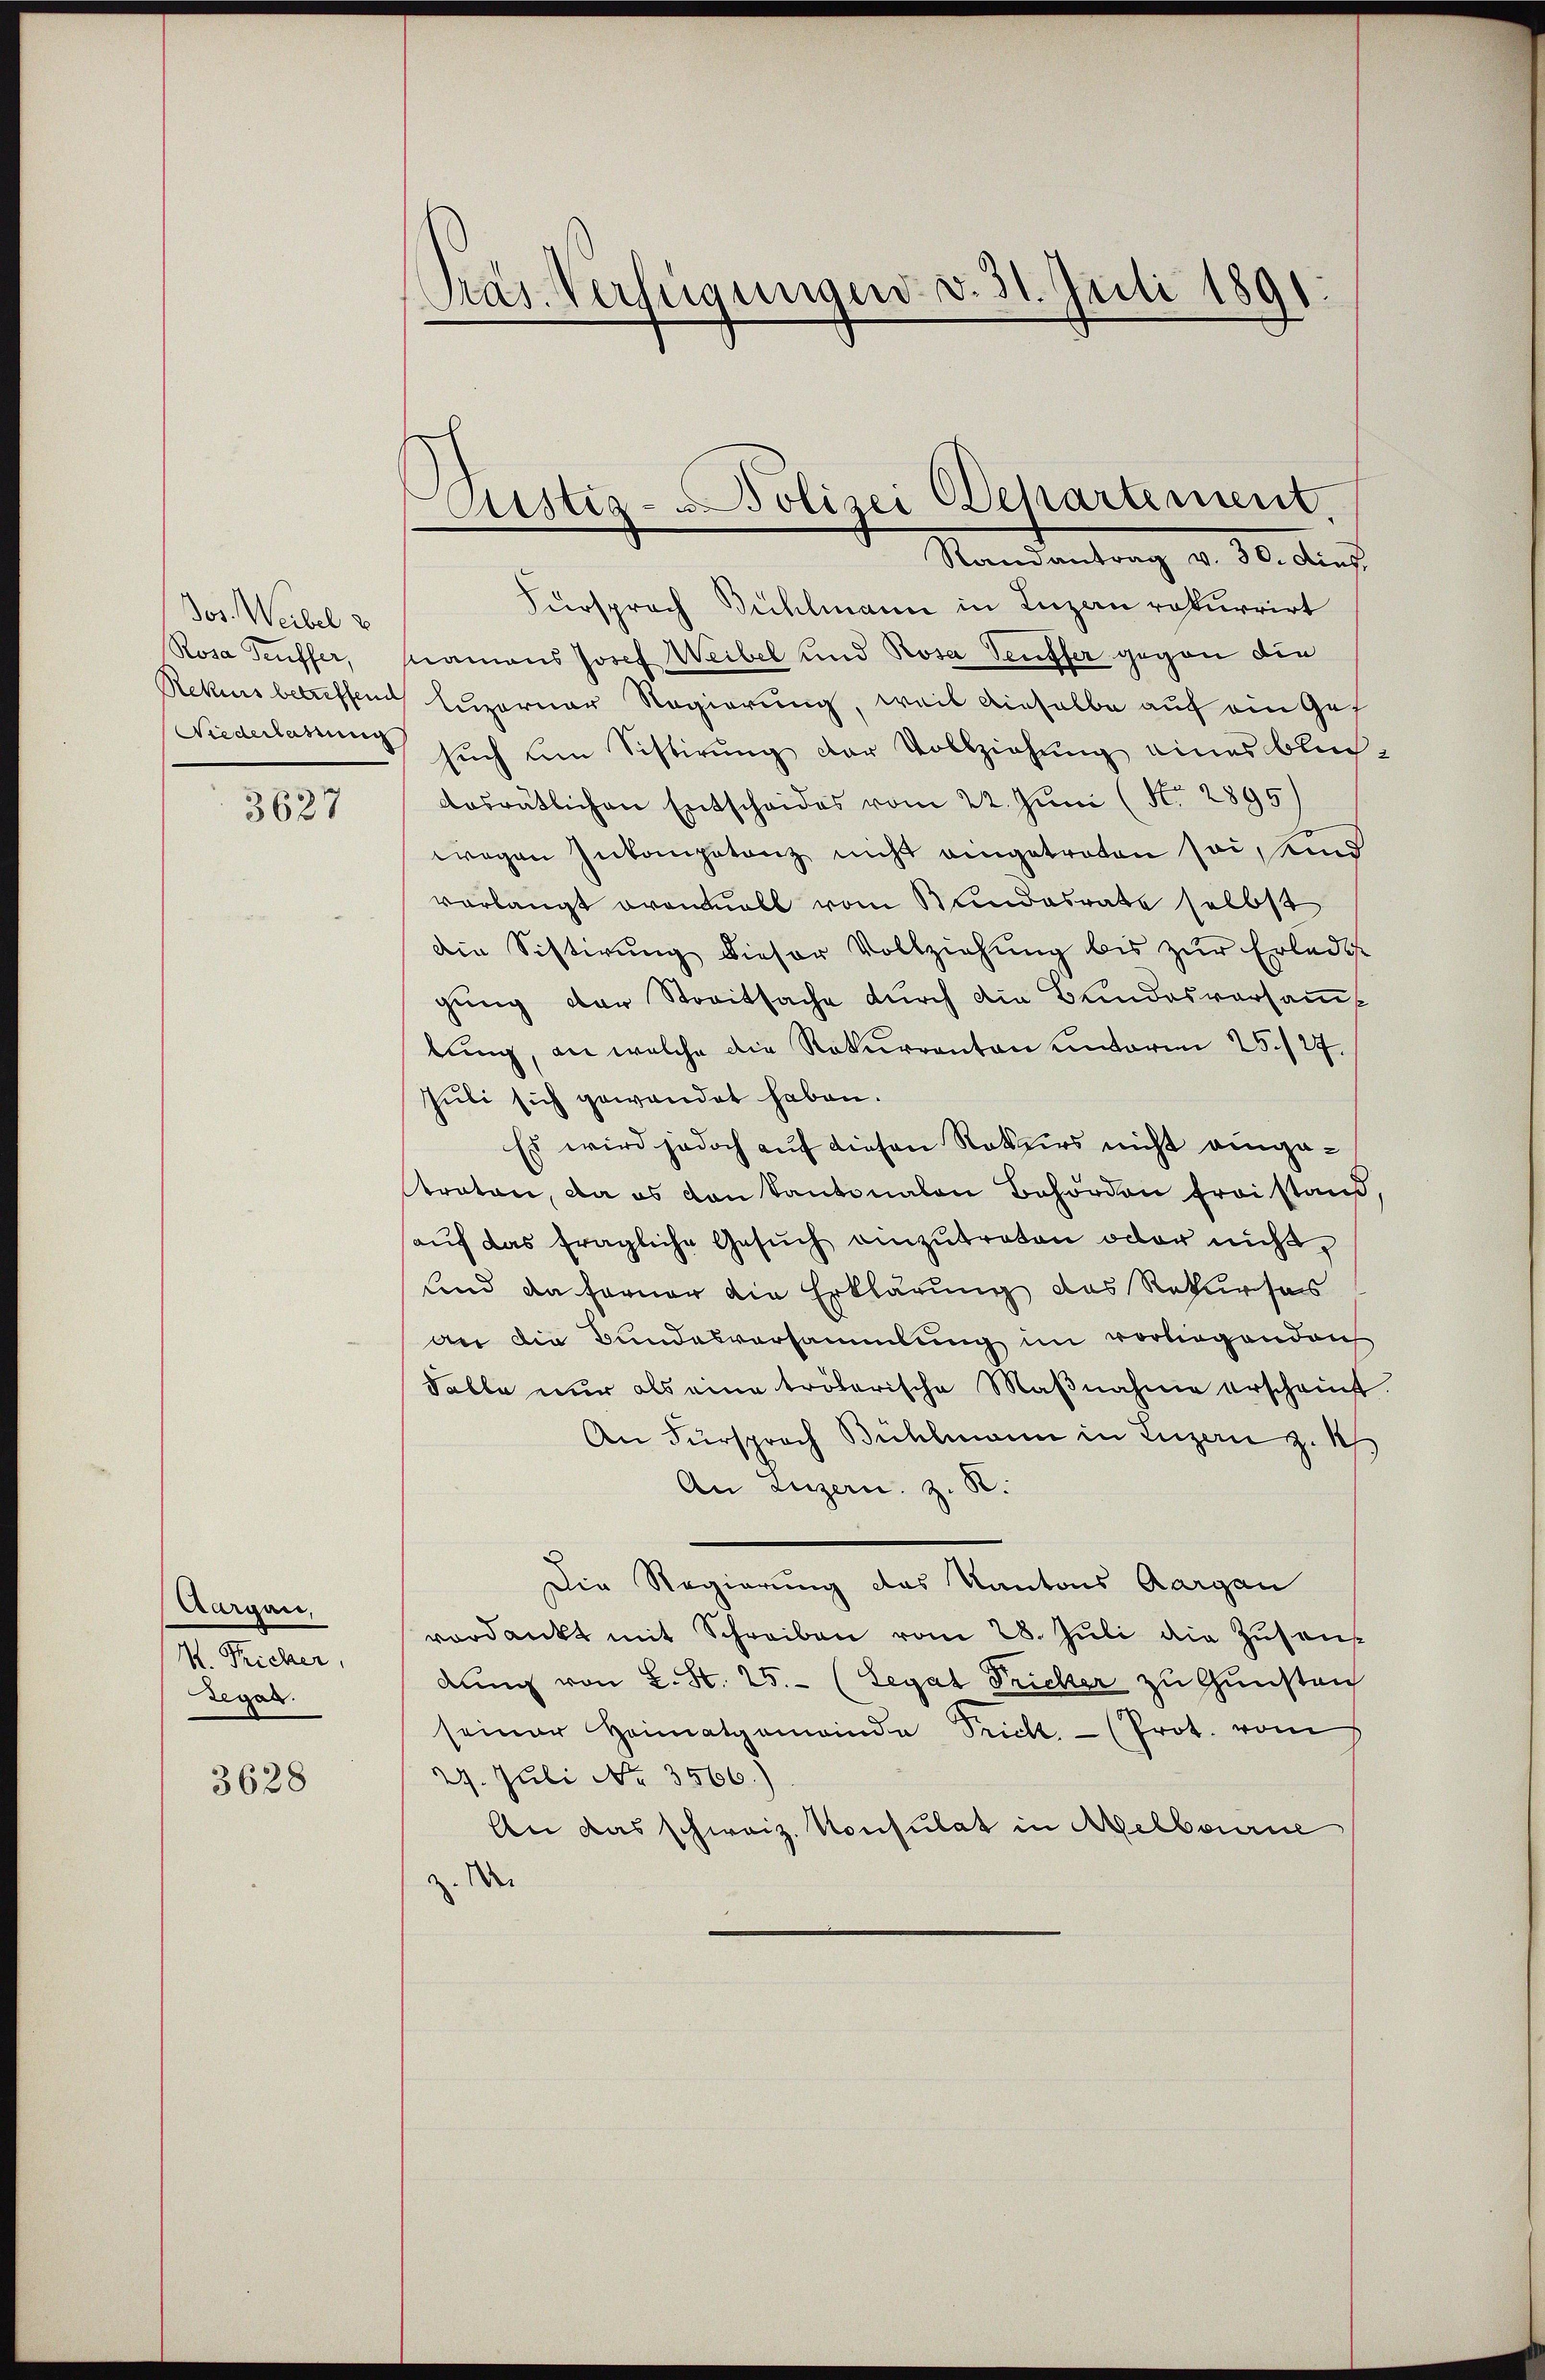
Jos. Weibel z
Rosa Teuffer,
Rekurs betreffend
Niederlassung

3627

Aargau,
M. Tricher,
Regal.

3628

Präs. Verfügungen d. 31. Juli 1891

Aistig- Polizei Departement.
Randantrag v. 30. Dies

Fürsprach Bühlmann in Luzern rekurrirt
namens Josef Weibel und Rosa Teuffer gegen die
Luzerner Regierung, weil dieselbe auf ein Ges
such um Sistirung der Vollziehung eines Blüchdosrätlichen Entscheides vom 22. Juni (N. 2895
wegen Inkompetenz nicht eingetreten sei, und
verlangt avantuall vom Bundesrate selbst
die Sistirŭng dieser Vollziehung bis zŭr Erledig
gung der Streitsache durch die Bundesversams
bung, an welche die Rekurranton unterm 25./29.
Juli sich gewendet haben.
Es wird jedoch auf diesen Rekurs nicht eingetraten, da es von Kantonalen Behörden froistand
aŭf das fragliche Gesŭch einzŭtreten oder nicht,
sind da ferner die Erklärung das Rekurses
an die Bundesversammlung im vorliegenden
Falle nur als eine trölerische Maβnahme erscheint.
An Fürsprach Bühlmann in Luzern z. 1
An Luzern, z. B.
Die Regierung des Kantons Aargau
verdankt mit Schreiben vom 28. Jŭli die Zŭsan
dung von L. S. 25. (Legat Fricker zu Gunsten
seiner Heimatgemeinde Sicht. - (Prot. vom
29. Juli No 3566.)
En das schweiz. Konsulat in Melbourne
Wei